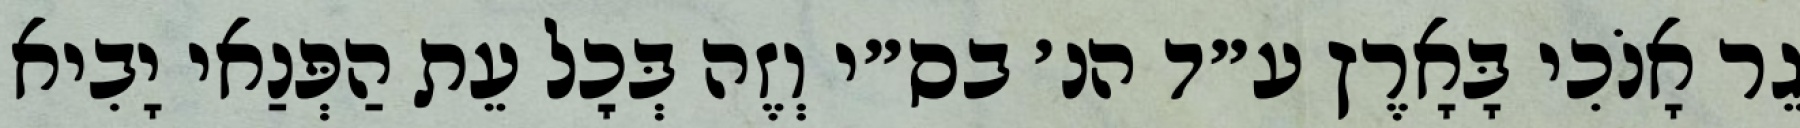
גֵר אָנֹכִי בָּאָרֶץ ע״ד הנ׳ בס״י וְזֶה בְּכׇל עֵת הַפְּנַאי יָבִיא